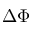
\Delta \Phi